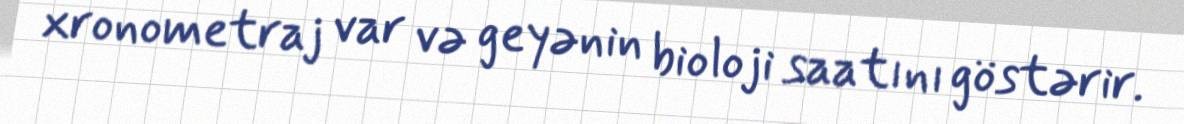
xronometraj var və geyənin bioloji saatını göstərir.